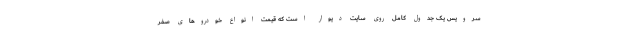
سرویس یک جدول کامل روی سایت دیوار است که قیمت انواع خودروهای صفر